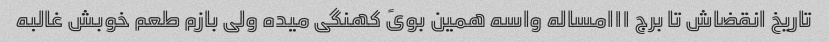
تاریخ انقضاش تا برج ۱۱امساله واسه همین بویً کهنگی میده ولی بازم طعم خوبش غالبه